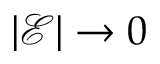
| \mathcal { E } | \to 0